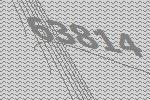
63814